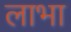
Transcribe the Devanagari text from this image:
लाभा